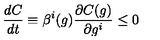
\frac { d C } { d t } \equiv \beta ^ { i } ( g ) \frac { \partial C ( g ) } { \partial g ^ { i } } \leq 0